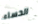
الحساء